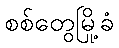
စစ်တွေမြို့ခံ